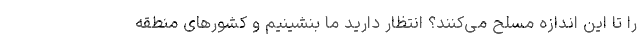
را تا این اندازه مسلح می‌کنند؟ انتظار دارید ما بنشینیم و کشورهای منطقه